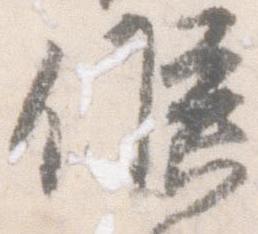
候